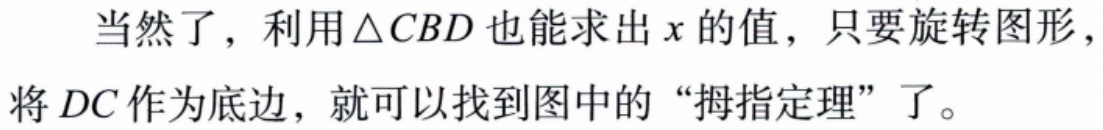
当然了，利用$\triangle CBD$也能求出$x$的值，只要旋转图形，将$DC$作为底边，就可以找到图中的“拇指定理”了。